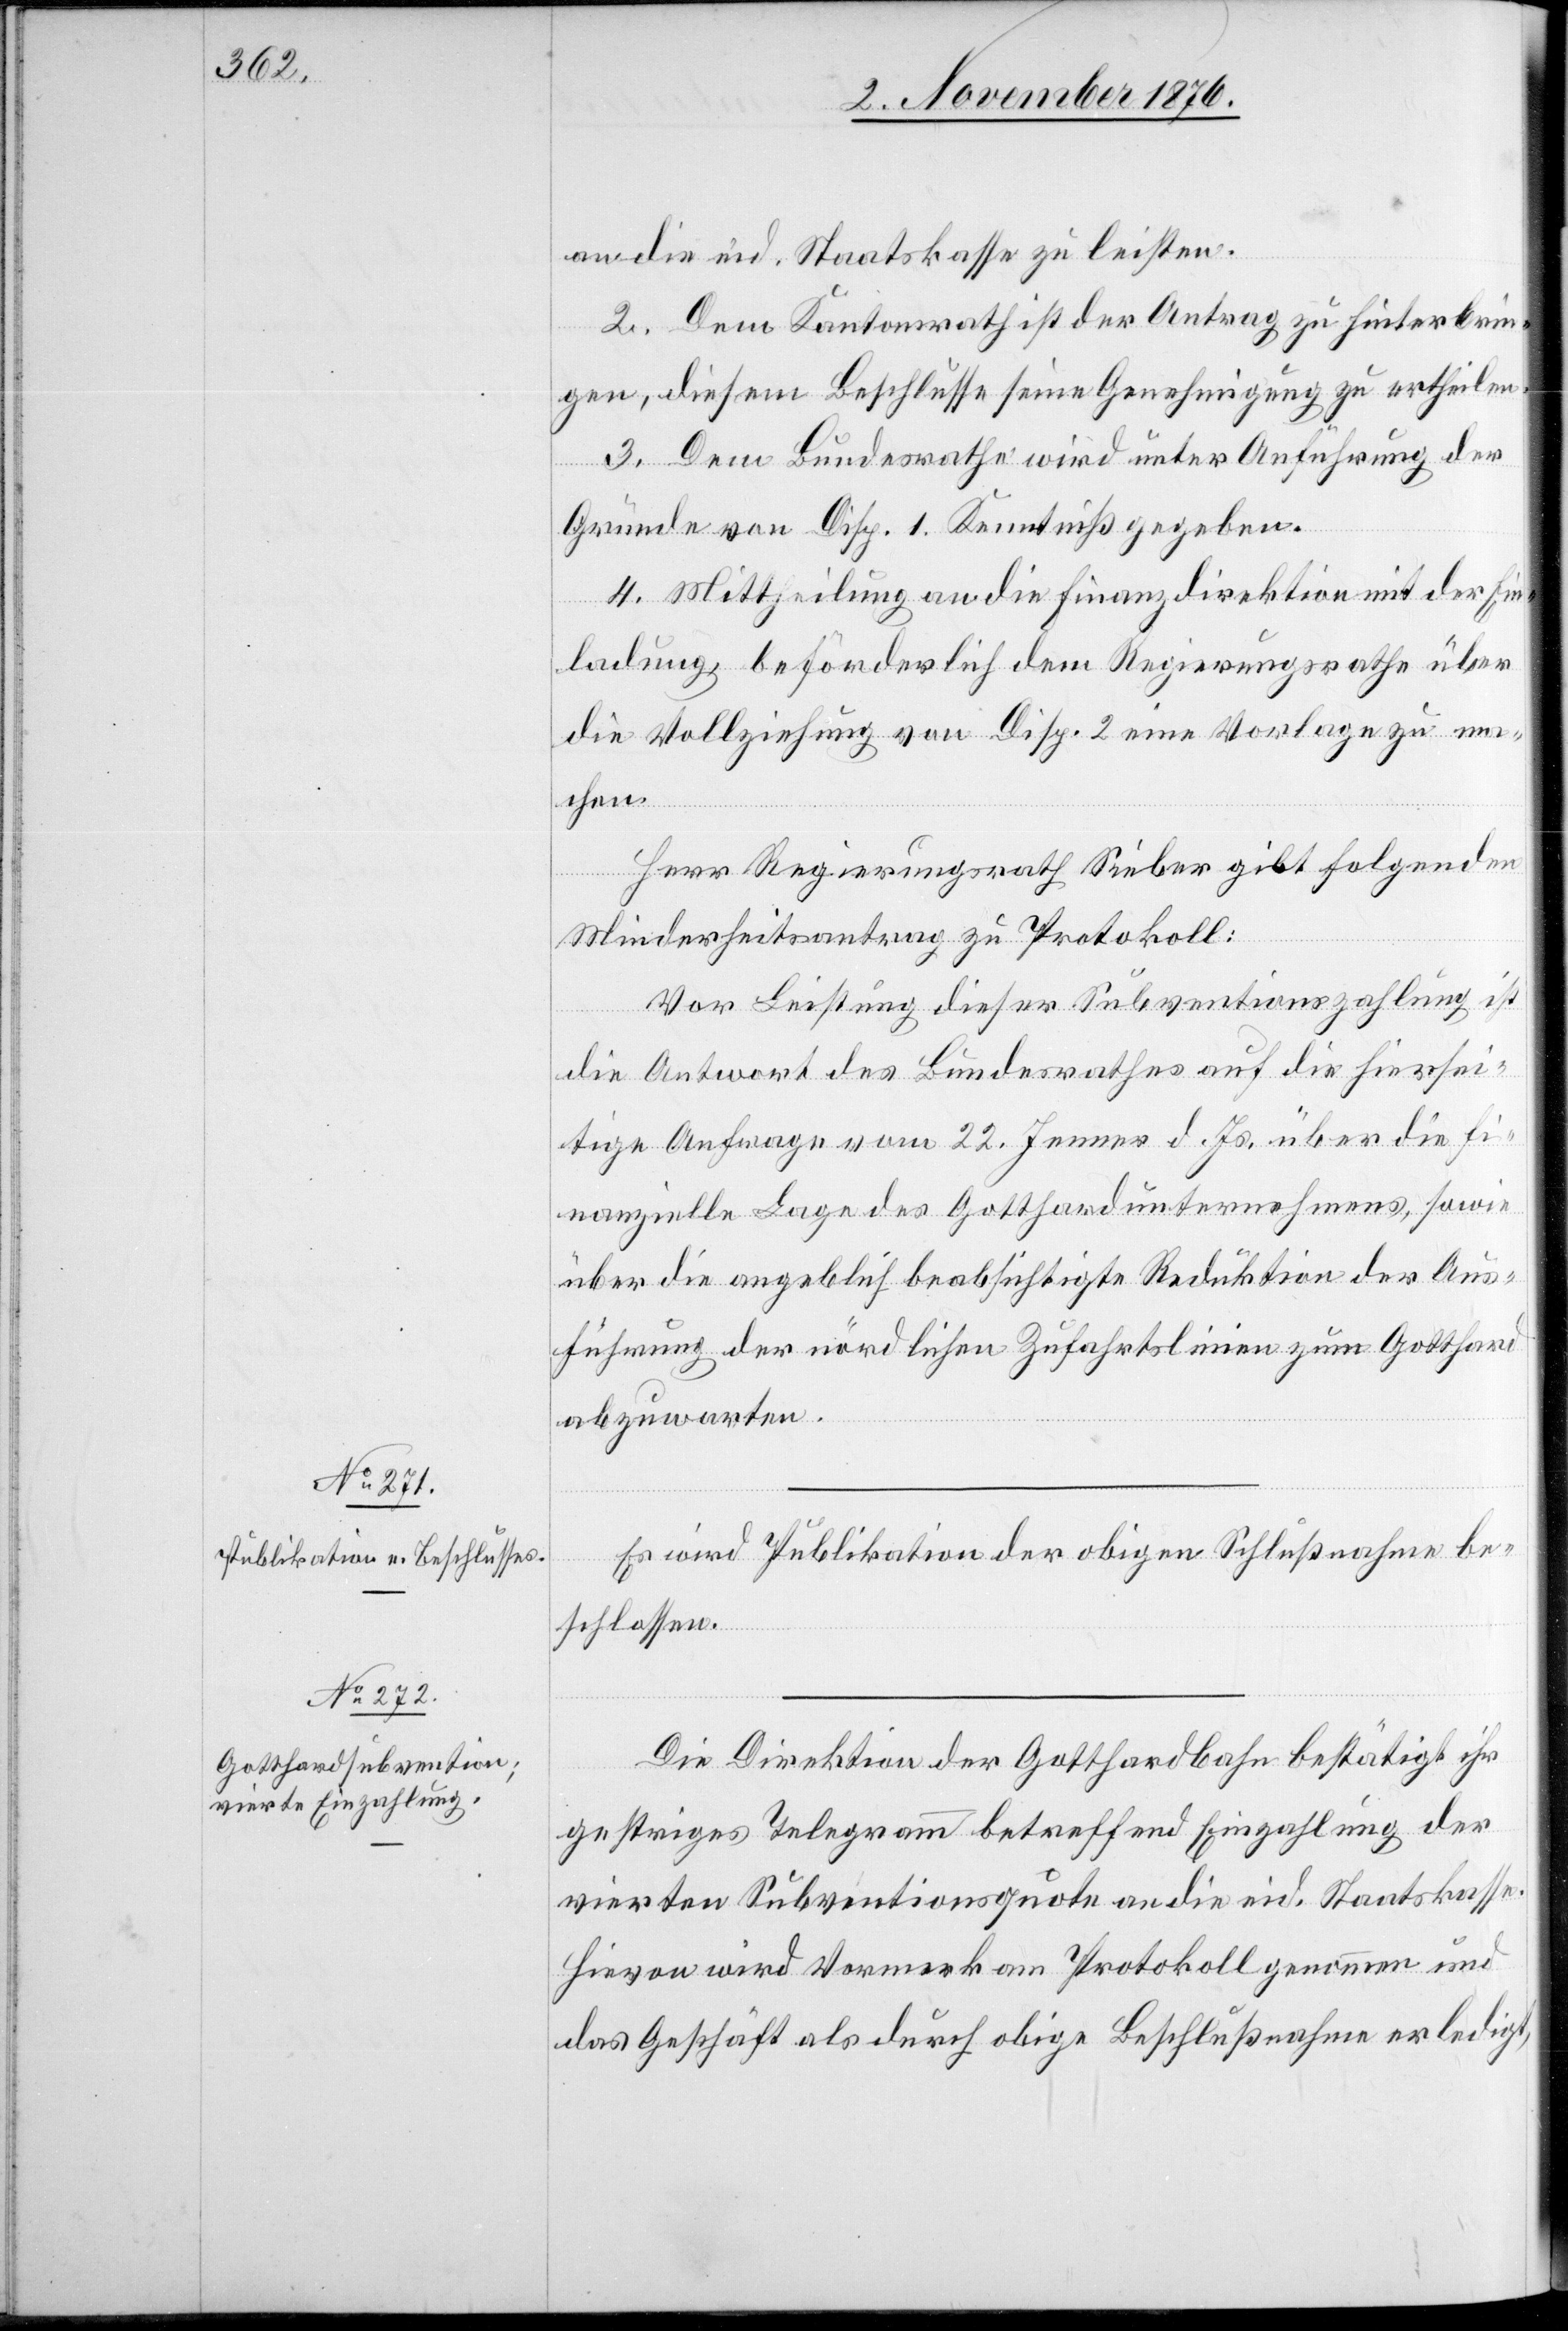
an die eid. Staatskasse zu leisten.
2. Dem Kantonsrath ist der Antrag zu hinterbrin¬
gen, diesem Beschlusse seine Genehmigung zu ertheilen.
3. Dem Bundesrathe wird unter Anführung der
Gründe von Disp. 1 Kenntniß gegeben.
4. Mittheilung an die Finanzdirektion mit der Ein¬
ladung, beförderlich dem Regierungsrathe über
die Vollziehung von Disp. 2 eine Vorlage zu m¬
achen.
Herr Regierungsrath Sieber gibt folgenden
Minderheitsantrag zu Protokoll:
Vor Leistung dieser Subventionszahlung ist
die Antwort des Bundesrathes auf die hiersei¬
tige Anfrage vom 22. Jenner d. Js. über die fi¬
nanzielle Lage des Gotthardunternehmens, sowie
über die angeblich beabsichtigte Reduktion der Aus¬
führung der nördlichen Zufahrtslinien zum Gotthard
abzuwarten.
Es wird Publikation der obigen Schlußnahme be¬
schlossen.
Die Direktion der Gotthardbahn bestätigt ihr
gestriges Telegramm betreffend Einzahlung der
vierten Subventionsquote an die eid. Staatskasse.
Hievon wird Vormerk am Protokoll genommen und
das Geschäft als durch obige Beschlußnahme erledigt,